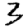
Digit: 3